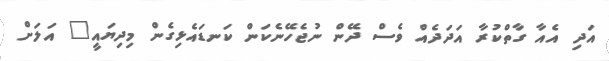
އަދި އެއާ ގާތްކުރާ އަދަދެއް ވެސް ދޭން ނުޖެހޭނެކަން ކަނޑައެޅިގެން މިދިޔައީ" އަލަށް